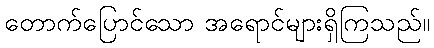
တောက်ပြောင်သော အရောင်များရှိကြသည်။